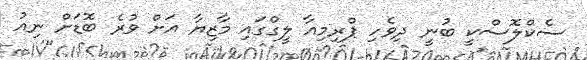
ސެކްލޮސްކީ ބުނީ ދިވެހި ޕްރިމިއާ ލީގްގައި މާޒިޔާ އަށް ވުރެ ބޮޑަށް ނިއު